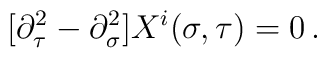
\bigl[ \partial^2_\tau -\partial^2_\sigma \bigr]X^i (\sigma,\tau) = 0 \,.